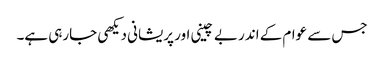
جس سے عوام کے اندر بے چینی اور پریشانی دیکھی جارہی ہے۔